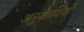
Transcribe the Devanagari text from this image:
अनुआयियो